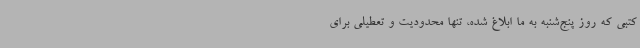
کتبی که روز پنج‌شنبه به ما ابلاغ شده، تنها محدودیت و تعطیلی برای